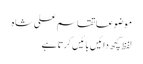
موضوعاتقاسم علی شاہ
لفظ کچھ دائیں بائیں کرتا ہے